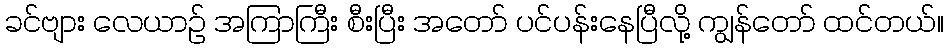
ခင်ဗျား လေယာဉ် အကြာကြီး စီးပြီး အတော် ပင်ပန်းနေပြီလို့ ကျွန်တော် ထင်တယ်။